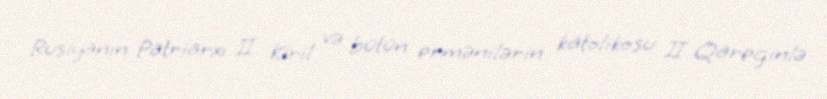
Rusiyanın Patriarxı II Kiril və bütün ermənilərin katolikosu II Qareginlə